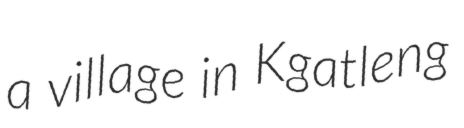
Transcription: a village in Kgatleng